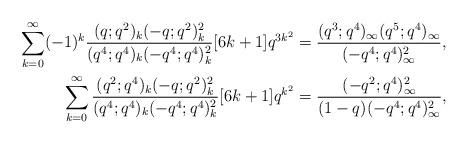
LaTeX: \begin{align*}\sum_{k=0}^\infty(-1)^k\frac{(q;q^2)_k(-q;q^2)_k^2}{(q^4;q^4)_k(-q^4;q^4)_k^2}[6k+1]q^{3k^2}&=\frac{(q^3;q^4)_\infty (q^5;q^4)_\infty}{(-q^4;q^4)_\infty^2},\\\sum_{k=0}^\infty\frac{(q^2;q^4)_k(-q;q^2)_k^2}{(q^4;q^4)_k(-q^4;q^4)_k^2}[6k+1]q^{k^2}&=\frac{(-q^2;q^4)_\infty^2}{(1-q)(-q^4;q^4)_\infty^2},\end{align*}